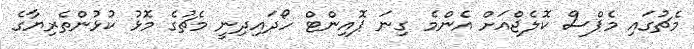
މެޗުގައި މެޕްސް ކޮލެޖްއަށް އެންމެ ގިނަ ޕޮއިންޓް ހޯދައިދިނީ މެޗުގެ މޮޅު ކުޅުންތެރިޔާގެ